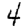
Digit: 4